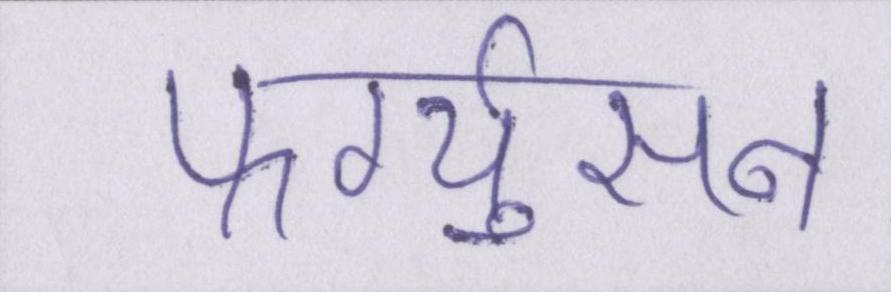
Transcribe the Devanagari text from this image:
फर्ग्युसन